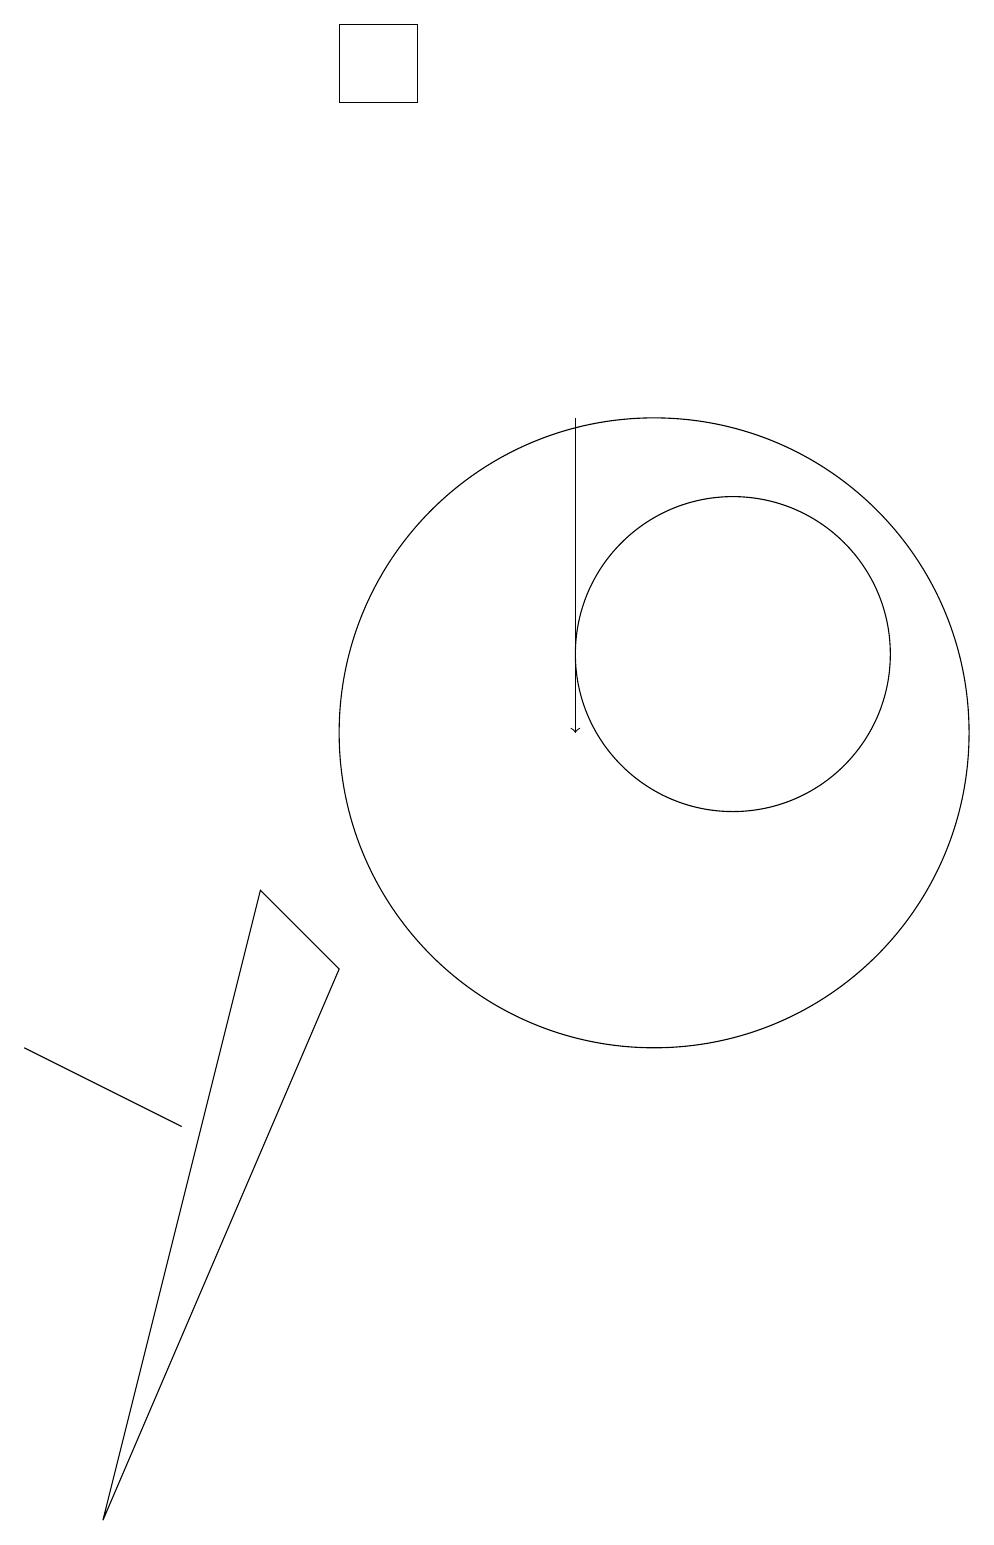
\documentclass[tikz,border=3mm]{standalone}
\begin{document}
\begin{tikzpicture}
\draw (2,6) -- (4,5) -- (4,5) -- cycle;
\draw (3,0) -- (5,8) -- (6,7) -- cycle;
\draw (10,10) circle (4);
\draw (6,19) rectangle (7,18);
\draw (11,11) circle (2);
\draw[->] (9,14) -- (9,10);
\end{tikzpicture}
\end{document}